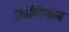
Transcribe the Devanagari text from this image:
फ्रोसिनोन